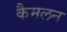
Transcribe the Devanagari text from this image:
कैमलन